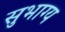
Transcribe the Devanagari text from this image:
सुभाग्य